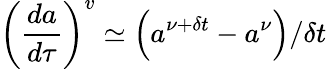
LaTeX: \left(\frac{da}{d\tau}\right)^{v}\simeq\left(a^{\nu+\delta t}-a^{\nu}\right)/\delta t